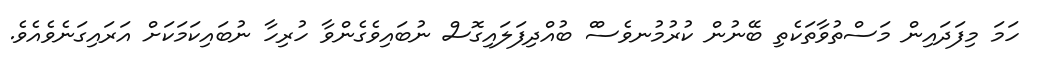
ހަމަ މިފަދައިން މަސްތުވާތަކެތި ބޭނުން ކުރުމުނވެސްް ބުއްދިފަލައިގޮސް ނުބައިވެގެންވާ ހުރިހާ ނުބައިކަމަކަށް އަރައިގަނެވެއެވެ.